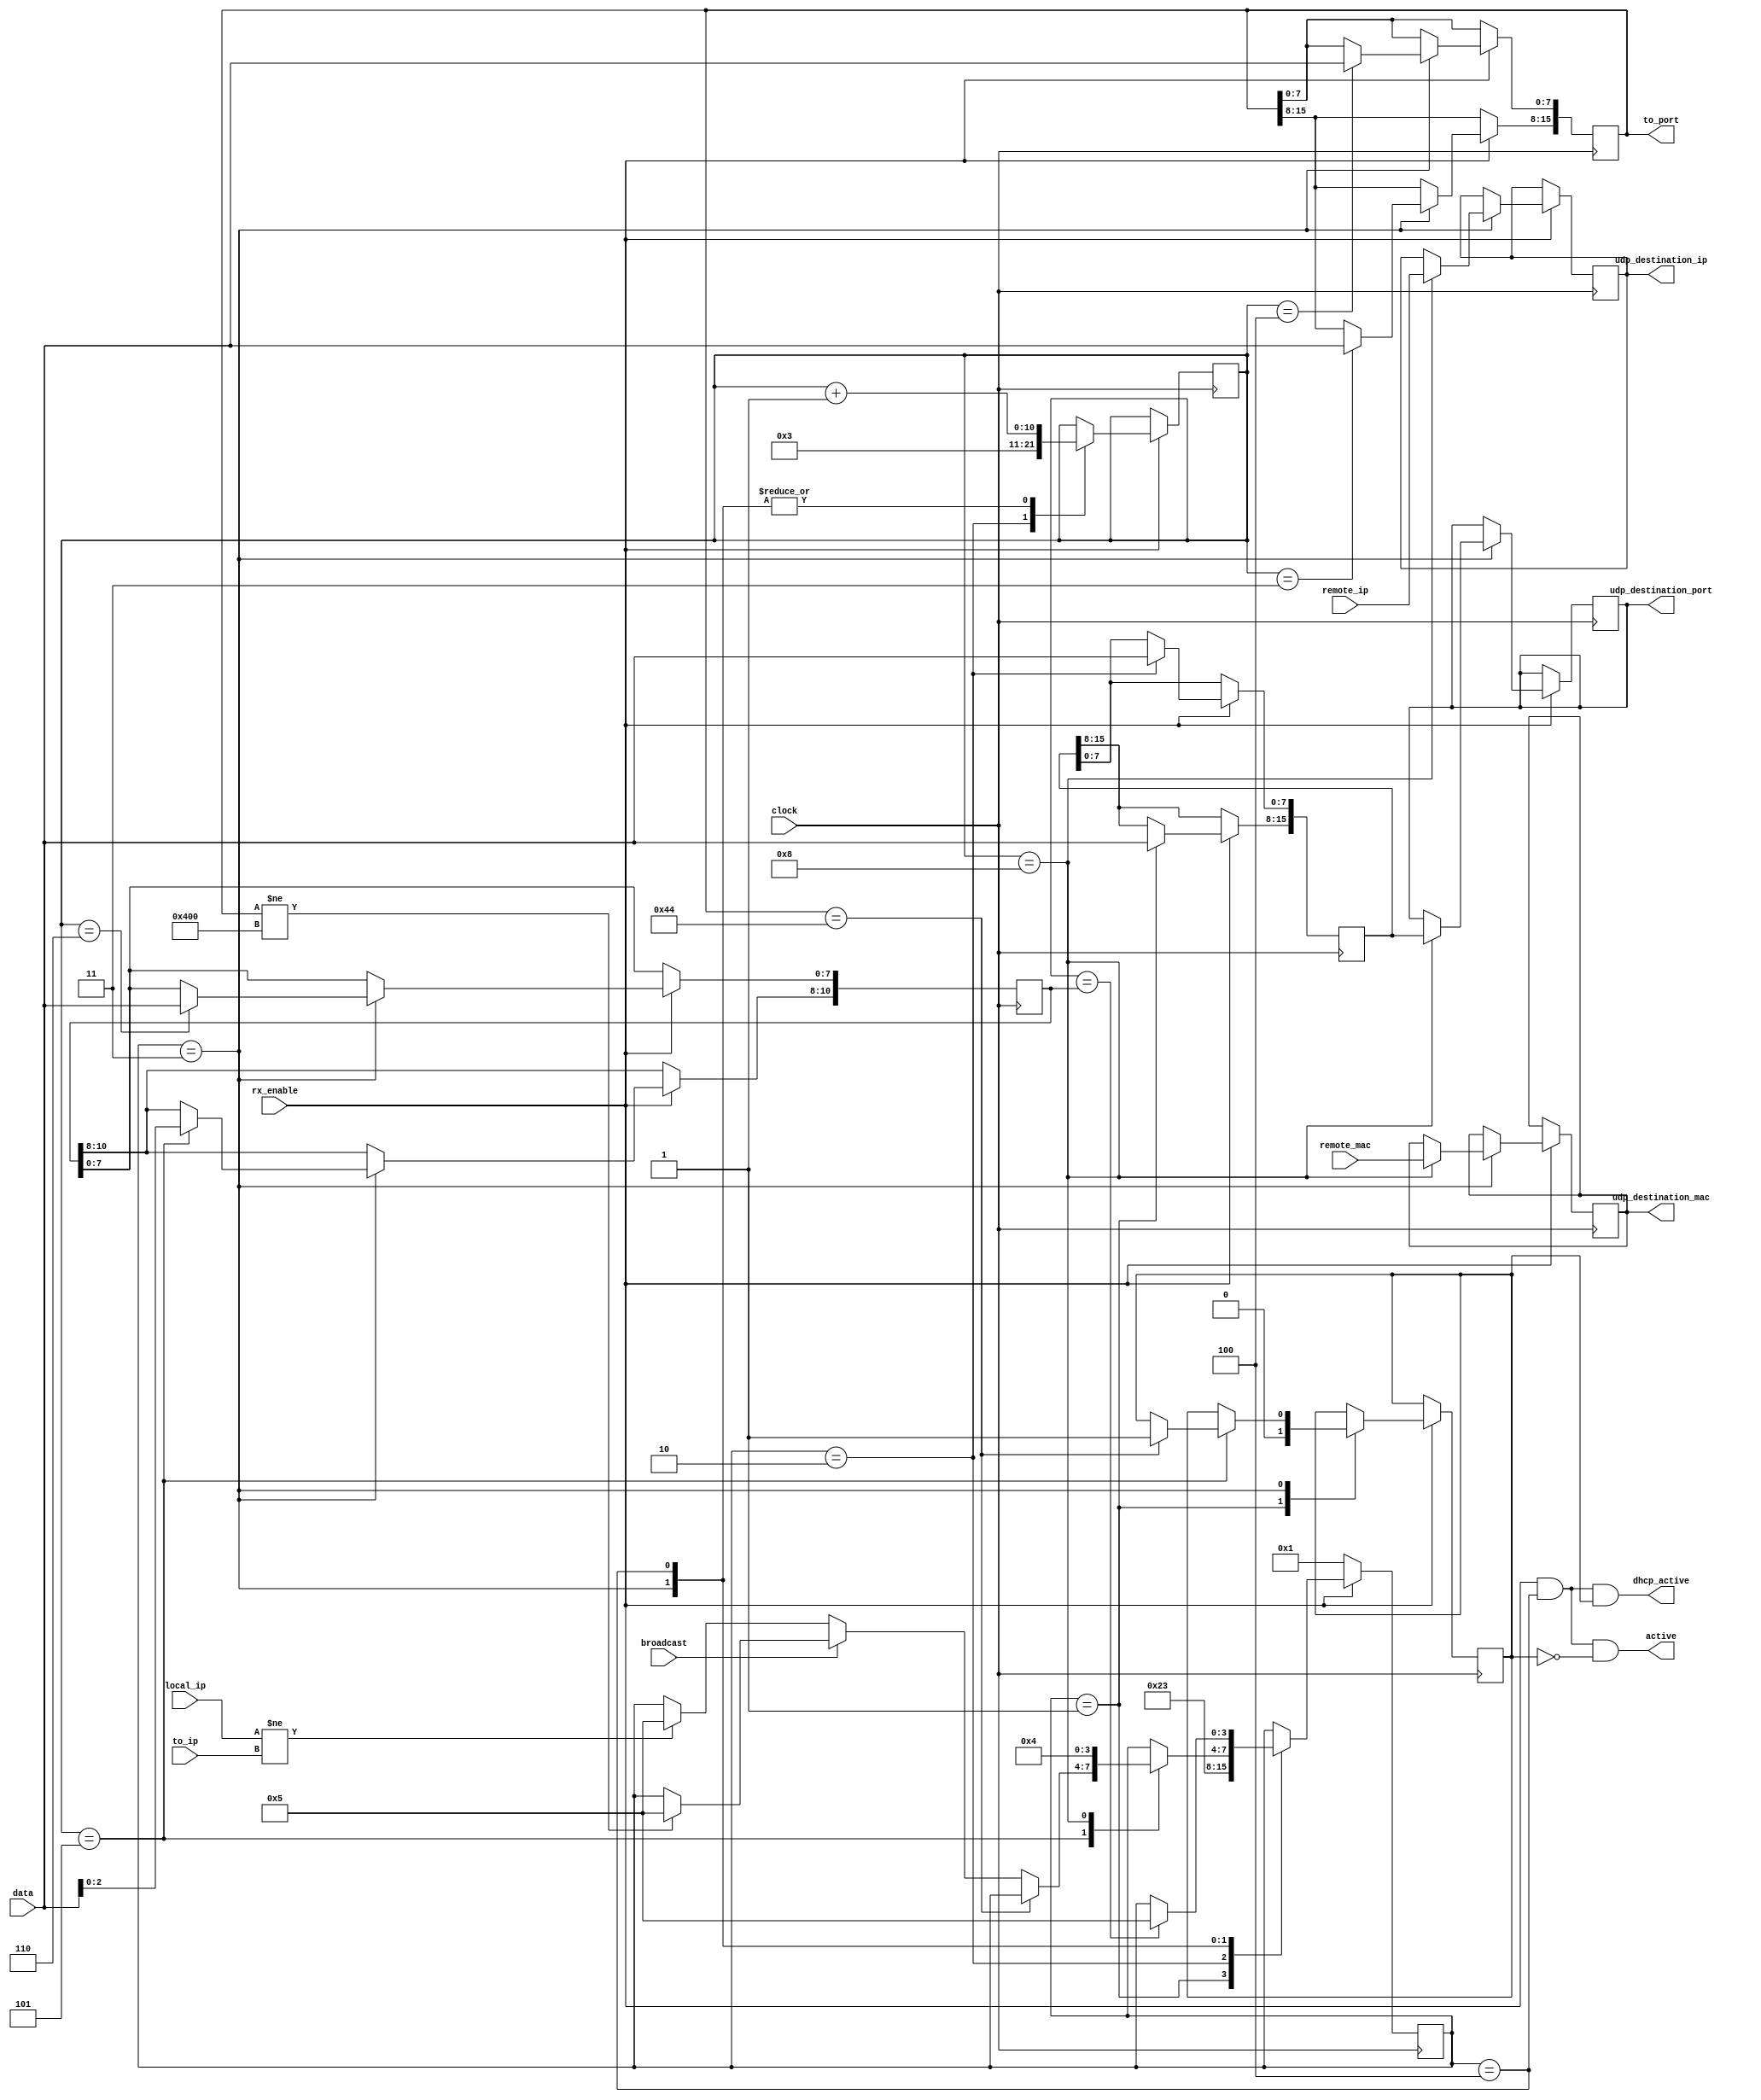
//
//  HPSDR - High Performance Software Defined Radio
//
//  Metis code. 
//
//  This program is free software; you can redistribute it and/or modify
//  it under the terms of the GNU General Public License as published by
//  the Free Software Foundation; either version 2 of the License, or
//  (at your option) any later version.
//
//  This program is distributed in the hope that it will be useful,
//  but WITHOUT ANY WARRANTY; without even the implied warranty of
//  MERCHANTABILITY or FITNESS FOR A PARTICULAR PURPOSE.  See the
//  GNU General Public License for more details.
//
//  You should have received a copy of the GNU General Public License
//  along with this program; if not, write to the Free Software
//  Foundation, Inc., 59 Temple Place, Suite 330, Boston, MA  02111-1307  USA


//  Metis code copyright 2010, 2011, 2012, 2013, 2014 Phil Harman VK6(A)PH, Alex Shovkoplyas, VE3NEA.

module udp_recv(
  //input data stream
  input clock, 
  input rx_enable,
  input [7:0] data,
  input [31:0] to_ip,
  input broadcast,
  input [47:0] remote_mac,
  input [31:0] remote_ip,

  //constant input parameter
  input [31:0] local_ip,

  //output
  output active,
  output dhcp_active,				 
  output reg [15:0] to_port,					// port that data is being sent to.
  output reg [31:0] udp_destination_ip,   
  output reg [47:0] udp_destination_mac,
  output reg [15:0] udp_destination_port
  );

  

  

localparam IDLE = 4'd1, PORT = 4'd2, VERIFY = 4'd3, ST_PAYLOAD = 4'd4, ST_DONE = 4'd5;
reg[3:0] state;
reg [10:0] header_len, packet_len, byte_no;
reg dhcp_data;
reg [15:0] remote_port;

assign active      = rx_enable & (state == ST_PAYLOAD) & !dhcp_data;
assign dhcp_active = rx_enable & (state == ST_PAYLOAD) & dhcp_data;

always @(posedge clock)
  if (rx_enable)
    case (state)
	  IDLE:
        begin
        //save remote port address
        remote_port[15:8] <= data; 
        state <= PORT;
		  dhcp_data <= 1'b0;   
        end
		  
		PORT:
			begin
			remote_port <= {remote_port[15:8], data};
			byte_no <= 11'd3;
			state <= VERIFY;
			end 
	 
      VERIFY:
        begin        
			  case (byte_no)
				 // get the port the packet is addressed to
			    3:  to_port[15:8] <= data;
				 4:  to_port[7:0]  <= data;
			 
	           // verify DHCP, broadcast to port 1024  or the ip address its being sent to then save packet length				 
				 5: begin 
						if (to_port == 16'd68) dhcp_data <= 1'b1;				// check for DHCP data
						else if (broadcast) begin
								if (to_port != 16'd1024) state <= ST_DONE;
						end 
						else if (local_ip != to_ip ) state <= ST_DONE; 			// if not for this  ip then exit
						packet_len[10:8] <= data[2:0];
					 end
					 
             6: packet_len[7:0] <= data;  
				 
				 // skip the checksum then signal we have a udp packet available,save destination IP, MAC and port
				 8: begin
						udp_destination_ip   <= remote_ip;  
						udp_destination_mac  <= remote_mac;
						udp_destination_port <= remote_port;
						state <= ST_PAYLOAD;
					 end 
				  
				// default:  *** need to get this from ip_recv
				//	if (byte_no == header_len) state <= ST_PAYLOAD;
			  endcase  
			  
        byte_no <= byte_no + 11'd1;
        end
        
      ST_PAYLOAD:
        begin  
        //end of payload, ignore the ethernet crc that follows
        if (byte_no == packet_len) state <= ST_DONE;
        byte_no <= byte_no + 11'd1;
        end        
      endcase
      
  else //!rx_enable 
    state <= IDLE;
    
  
  
endmodule